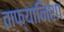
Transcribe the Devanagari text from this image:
ताफ्यानिशा